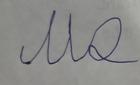
Signature authenticity: forged